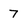
Character: 7